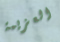
العزيمة